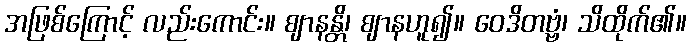
အဖြစ်ကြောင့် လည်းကောင်း။ ဈာနန္တိ၊ ဈာနဟူ၍။ ဝေဒိတဗ္ဗံ၊ သိထိုက်၏။